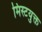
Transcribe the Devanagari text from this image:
मिस्टयुक्त